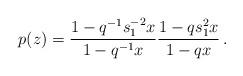
LaTeX: \begin{align*}p(z)=\frac{1-q^{-1}s_1^{-2}x}{1-q^{-1}x}\frac{1-q s_1^2x}{1-qx}\,.\end{align*}